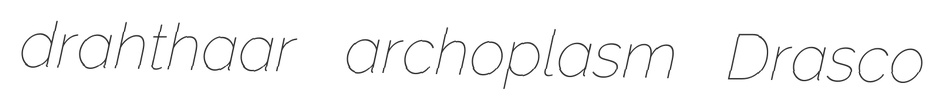
drahthaar archoplasm Drasco